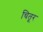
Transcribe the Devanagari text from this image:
चितूर